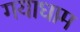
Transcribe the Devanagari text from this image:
गयाधाम